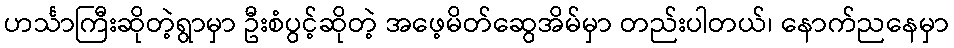
ဟင်္သာကြီးဆိုတဲ့ရွာမှာ ဦးစံပွင့်ဆိုတဲ့ အဖေ့မိတ်ဆွေအိမ်မှာ တည်းပါတယ်၊ နောက်ညနေမှာ